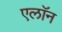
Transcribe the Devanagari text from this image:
एलाॅन